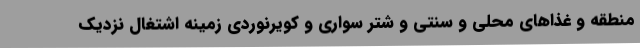
منطقه و غذاهای محلی و سنتی و شتر سواری و کویرنوردی زمینه اشتغال نزدیک